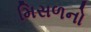
મિસળનો